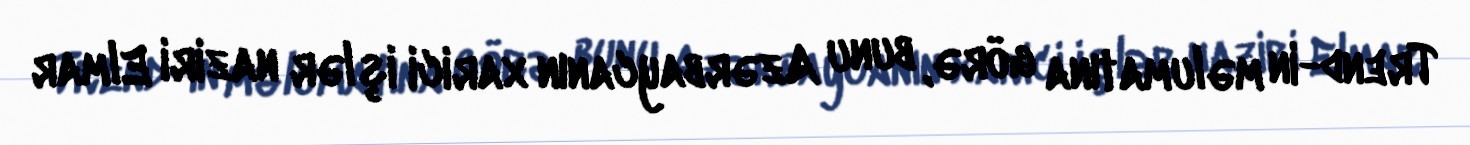
Trend-in məlumatına görə, bunu Azərbaycanın xarici işlər naziri Elmar